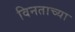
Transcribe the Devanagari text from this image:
विनताच्या